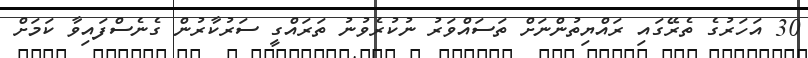
30 އަހަރުގެ ތެރޭގައި ރައްޔިތުންނަށް ތަސައްވަރު ނުކުރެވުނު ތަރައްގީ ސަރުކާރުން ގެނެސްފައިވާ ކަމަށް